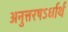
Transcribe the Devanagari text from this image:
अनुत्तरषऽर्धार्थ